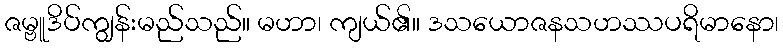
ဇမ္ဗူဒိပ်ကျွန်းမည်သည်။ မဟာ၊ ကျယ်၏။ ဒသယောဇနသဟဿပရိမာနော၊